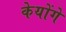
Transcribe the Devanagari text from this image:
केयोंगे